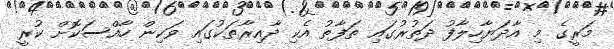
މަރީގެ މި އާދަޔާހިލާފު ދަތުރުގައި ތަފާތު އެކި ދާއިރާތަކުގައި ވަކިން ހާއްސަކޮށް ކުރީ